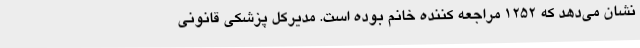
نشان می‌دهد که 1252 مراجعه کننده خانم بوده است. مدیرکل پزشکی قانونی